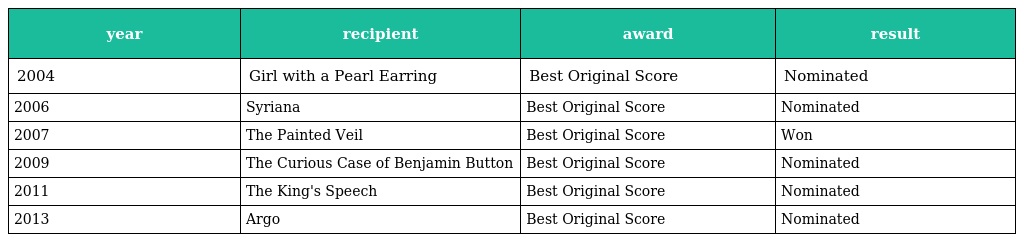
| year | recipient | award | result |
 | --- | --- | --- | --- |
 | 2004 | Girl with a Pearl Earring | Best Original Score | Nominated |
 | 2006 | Syriana | Best Original Score | Nominated |
 | 2007 | The Painted Veil | Best Original Score | Won |
 | 2009 | The Curious Case of Benjamin Button | Best Original Score | Nominated |
 | 2011 | The King's Speech | Best Original Score | Nominated |
 | 2013 | Argo | Best Original Score | Nominated |